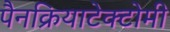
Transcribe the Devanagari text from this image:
पैनक्रियाटेक्टोमी